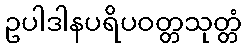
ဥပါဒါနပရိပဝတ္တသုတ္တံ